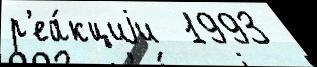
р'еа́кциjи  1993